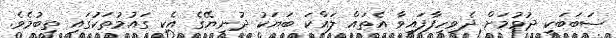
ސަބަބަކީ ދުވުމަށް ދެވިހިފާފައިވާ އެތައް ލައްކަ ބަޔަކު ދުނިޔޭގެ އެކި ގައުމުތަކުގައި ތިބުމެވެ.